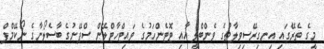
މީގެ ތެރޭގައި އިނގިރޭސިވިލާތުގެ ވެންބްލީ އާއި ޓޮޓެންހަމުގެ ވައިޓްހާޓްލޭން ސްޕޭނުގެ ބާސެލޯނާގެ ނޯކޭމްޕް